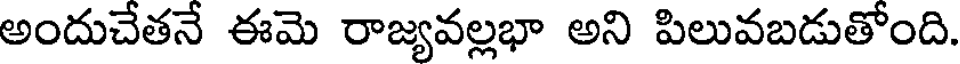
అందుచేతనే ఈమె రాజ్యవల్లభా అని పిలువబడుతోంది.